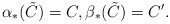
\begin{align*}\alpha_*(\tilde C)=C, \beta_*(\tilde C)=C'. \end{align*}